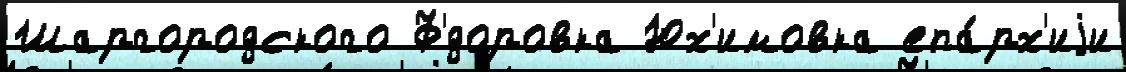
Шаргородского Ф'́доровка Юх'имовка епа́рх'иjи